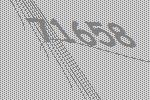
71658